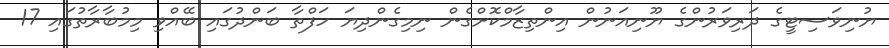
ޔުނިވަސިޓީގެ ދަރިވަރުންގެ ޔޫނިއަނުން އިންތިޒާމްކޮށްގެން ނިމިގެންދިޔަ ހަފްތާ ބަންދުގައި ބޭއްވި މިމުބާރާތުގައި 17